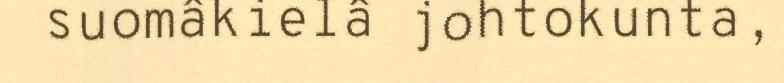
suomâkielâ johtokunta,